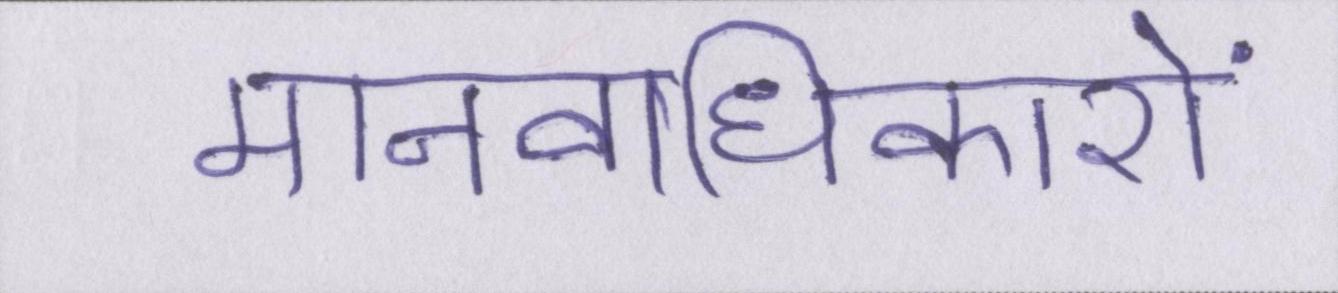
मानवाधिकारों